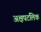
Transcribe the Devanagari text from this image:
अक्षपटलिक